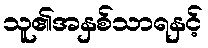
သူ၏အနှစ်သာရနှင့်